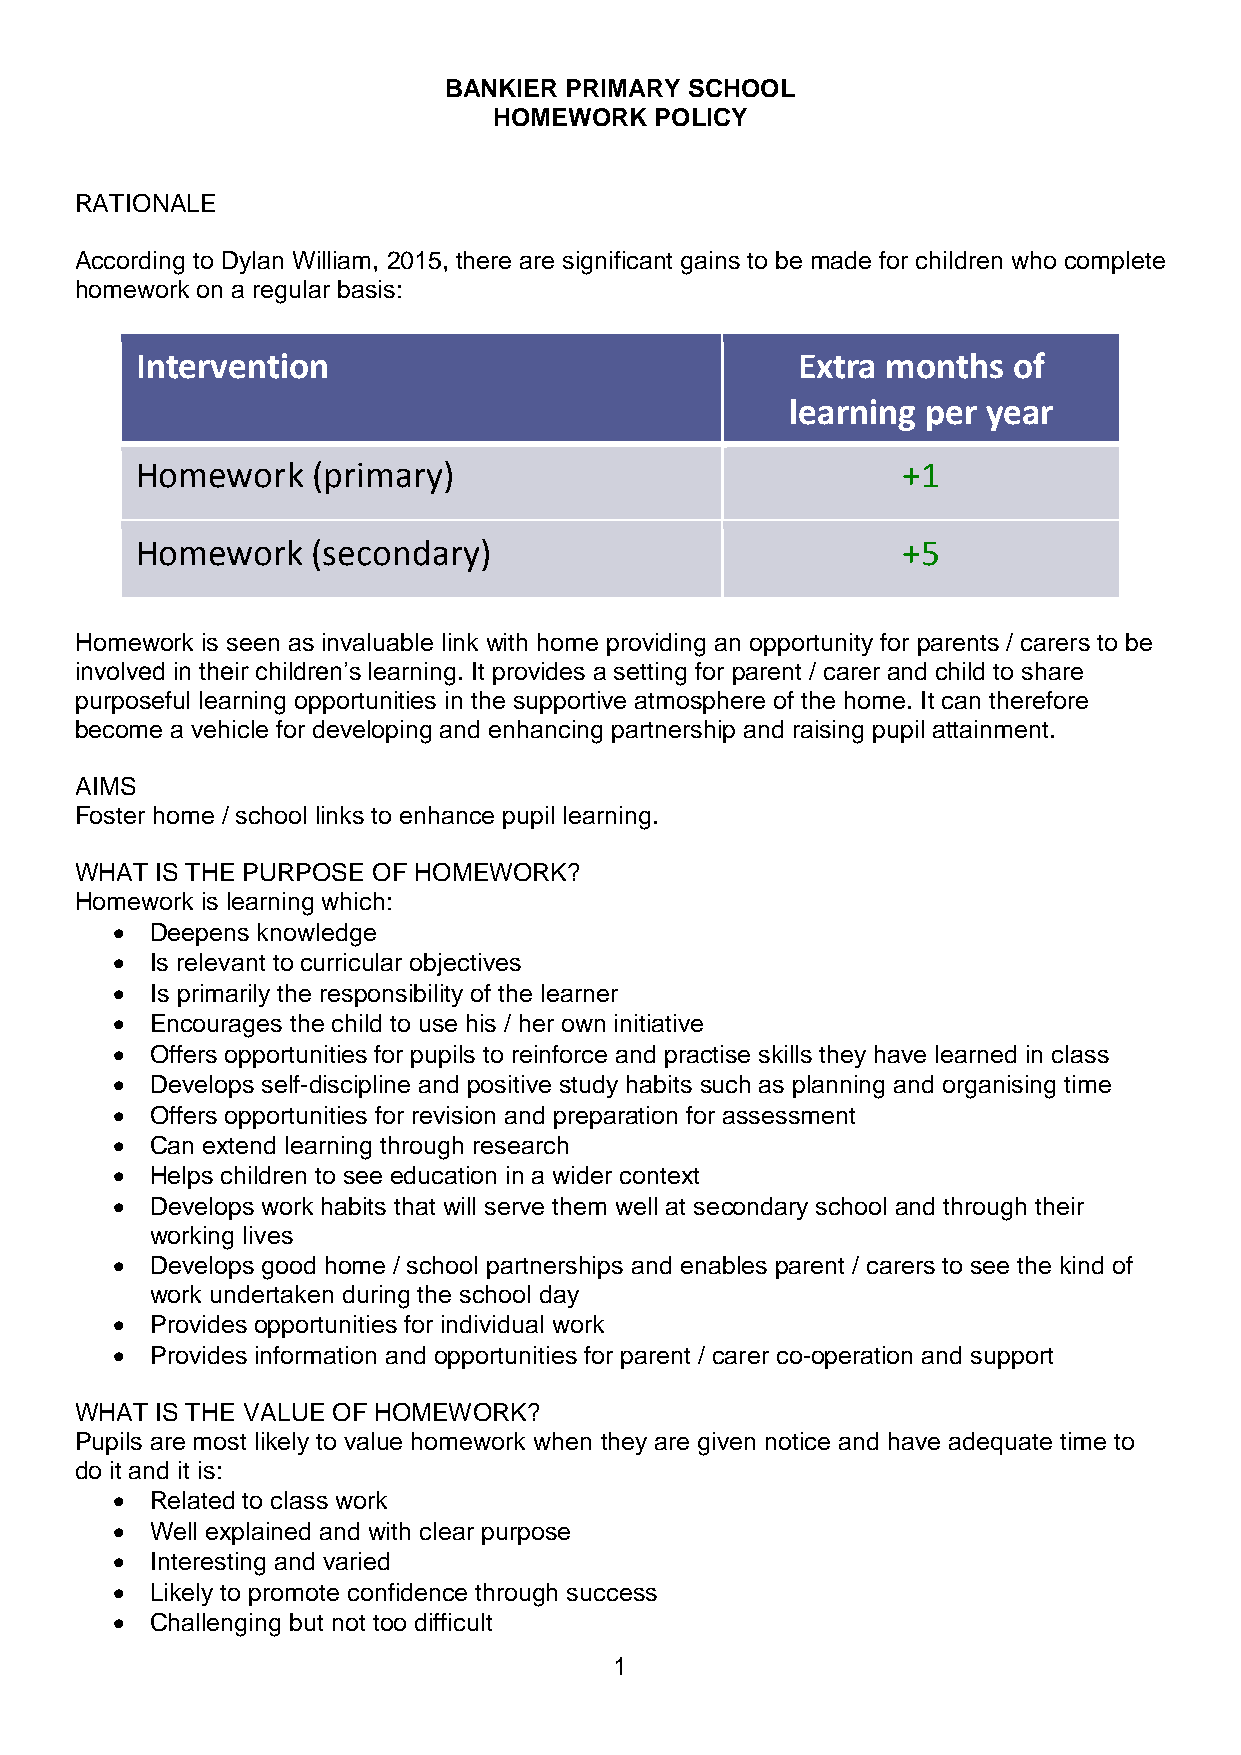
BANKIER PRIMARY  SCHOOL
 HOMEWORK  POLICY
 RATIONALE
 According to Dylan William, 2015, there are significant gains to be made for children who complete
 homework on a regular basis:
 Intervention                                Extra months  of
 learning per year
 Homework    (primary)                              +1
 Homework    (secondary)                            +5
 Homework is seen as invaluable link with home providing an opportunity for parents / carers to be
 involved in their children’s learning. It provides a setting for parent / carer and child to share
 purposeful learning opportunities in the supportive atmosphere of the home. It can therefore
 become a vehicle for developing and enhancing partnership and raising pupil attainment.
 AIMS
 Foster home / school links to enhance pupil learning.
 WHAT IS THE PURPOSE OF HOMEWORK?
 Homework is learning which:
   Deepens knowledge
   Is relevant to curricular objectives
   Is primarily the responsibility of the learner
   Encourages the child to use his / her own initiative
   Offers opportunities for pupils to reinforce and practise skills they have learned in class
   Develops self-discipline and positive study habits such as planning and organising time
   Offers opportunities for revision and preparation for assessment
   Can extend learning through research
   Helps children to see education in a wider context
   Develops work habits that will serve them well at secondary school and through their
 working lives
   Develops good home / school partnerships and enables parent / carers to see the kind of
 work undertaken during the school day
   Provides opportunities for individual work
   Provides information and opportunities for parent / carer co-operation and support
 WHAT IS THE VALUE OF HOMEWORK?
 Pupils are most likely to value homework when they are given notice and have adequate time to
 do it and it is:
   Related to class work
   Well explained and with clear purpose
   Interesting and varied
   Likely to promote confidence through success
   Challenging but not too difficult
 1